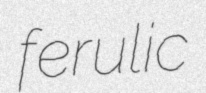
ferulic